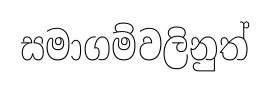
සමාගම්වලිනුත්